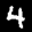
Label: 4